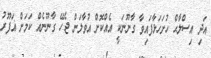
އަދި އިސްލާޙް ހުށަހަޅާފައިވާ ގާނޫނަކީ އެއްކޮށް އުވާލަން ޖެހޭ ގާނޫނެއް ކަމަށް ޣަފޫރު